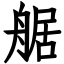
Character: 艍